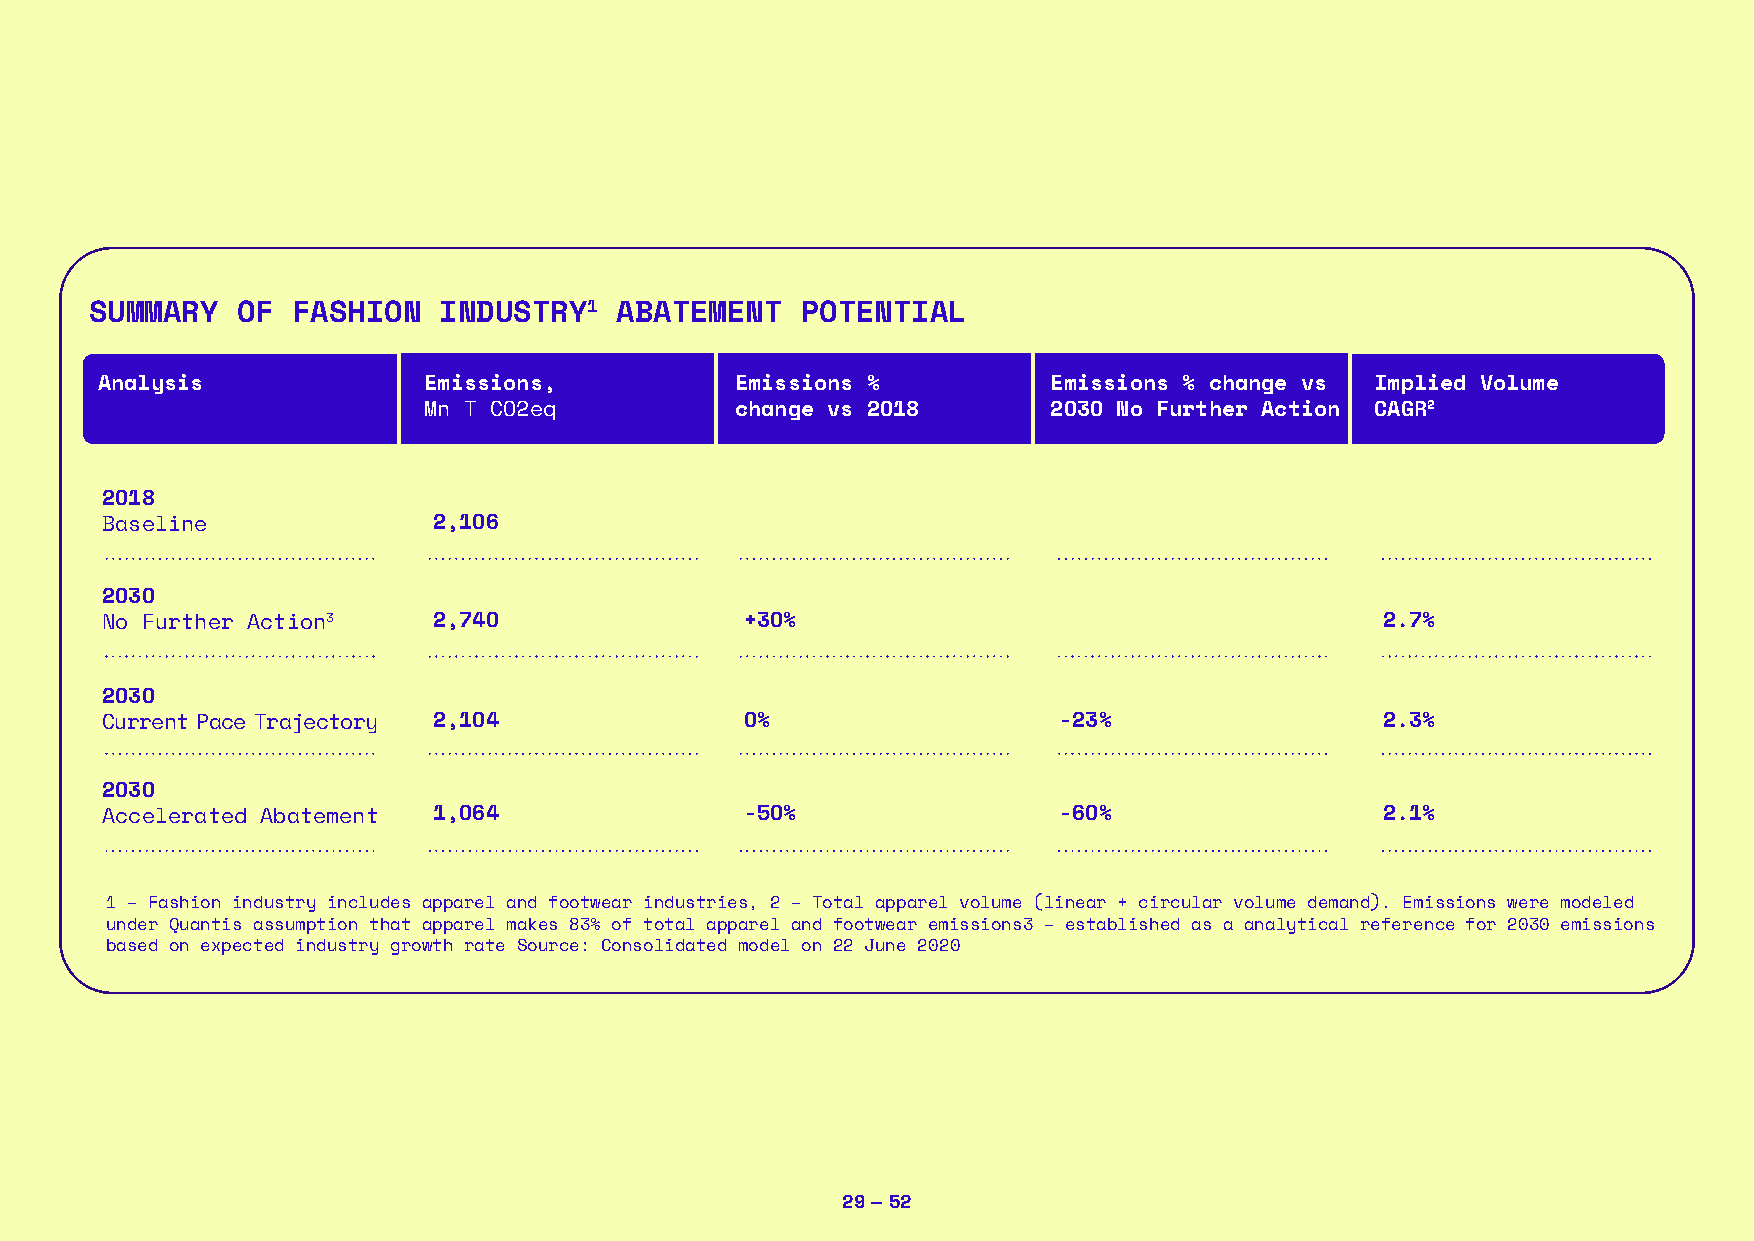
SUMMARY   OF FASHION   INDUSTRY1   ABATEMENT   POTENTIAL
 Analysis              Emissions,           Emissions %          Emissions % change vs Implied Volume
 Mn T CO2eq           change vs 2O18       2O3O No Further Action CAGR2
 2O18
 Baseline              2,1O6
 2O3O
 No Further Action3    2,74O               +3O%                                       2.7%
 2O3O
 Current Pace Trajectory 2,1O4             O%                   -23%                  2.3%
 2O3O
 Accelerated Abatement 1,O64               -5O%                 -6O%                  2.1%
 1 – Fashion industry includes apparel and footwear industries, 2 – Total apparel volume (linear + circular volume demand). Emissions were modeled
 under Quantis assumption that apparel makes 83% of total apparel and footwear emissions3 – established as a analytical reference for 2030 emissions
 based on expected industry growth rate Source: Consolidated model on 22 June 2020
 29 — 52